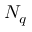
N _ { q }